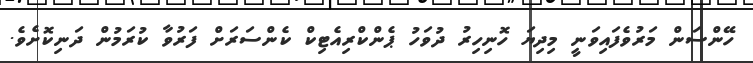
ހޭންސަން މަރުވެފައިވަނީ މިދިޔަ ހޮނިހިރު ދުވަހު ޕެންކްރިއެޓިކް ކެންސަރަށް ފަރުވާ ކުރަމުން ދަނިކޮށެވެ.